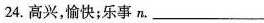
24.高兴，愉快；乐事n.___